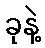
ခုနဲ့